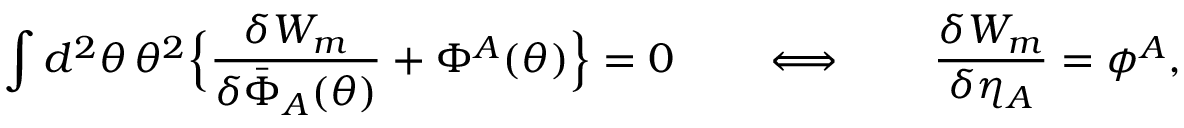
\int d ^ { 2 } \theta \, \theta ^ { 2 } \Bigr \{ \frac { \delta W _ { m } } { \delta \bar { \Phi } _ { A } ( \theta ) } + \Phi ^ { A } ( \theta ) \Bigr \} = 0 \qquad \Longleftrightarrow \qquad \frac { \delta W _ { m } } { \delta \eta _ { A } } = \phi ^ { A } ,